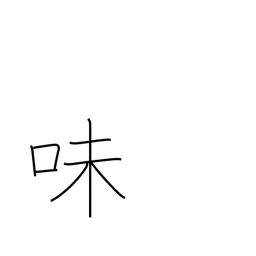
Meaning: flavor